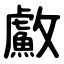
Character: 䱷